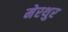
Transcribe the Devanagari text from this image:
मेरथुर